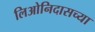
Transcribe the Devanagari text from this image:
लिओनिदासच्या